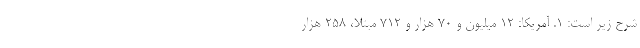
شرح زیر است: ۱. آمریکا: ۱۲ میلیون و ۷۰ هزار و ۷۱۲ مبتلا، ۲۵۸ هزار